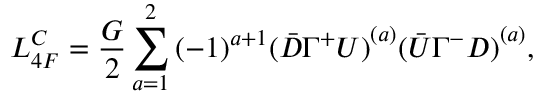
{ \cal L } _ { 4 F } ^ { C } = \frac { G } { 2 } \sum _ { a = 1 } ^ { 2 } { ( - 1 ) } ^ { a + 1 } { ( \bar { D } \Gamma ^ { + } U ) } ^ { ( a ) } { ( \bar { U } \Gamma ^ { - } D ) } ^ { ( a ) } ,